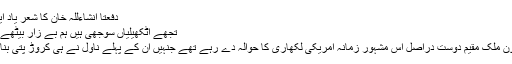
دفعتاً انشاءللہ خان کا شعر یاد آیا ؎
تجھے اٹکھیلیاں سوجھی ہیں ہم بے زار بیٹھے ہیں
بیرونِ ملک مقیم دوست دراصل اس مشہور زمانہ امریکی لکھاری کا حوالہ دے رہے تھے جنہیں ان کے پہلے ناول نے ہی کروڑ پتی بنا دیا۔